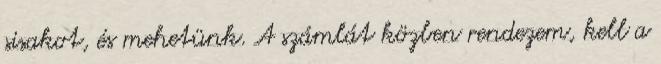
sisakot, és mehetünk. A számlát közben rendezem, kell a